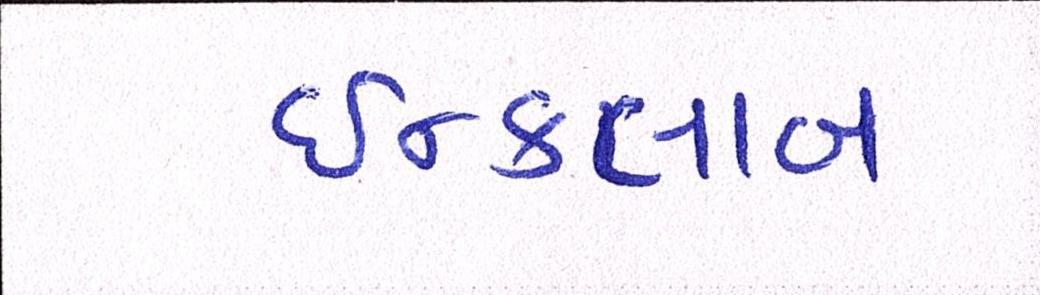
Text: ઇન્કાલાબ